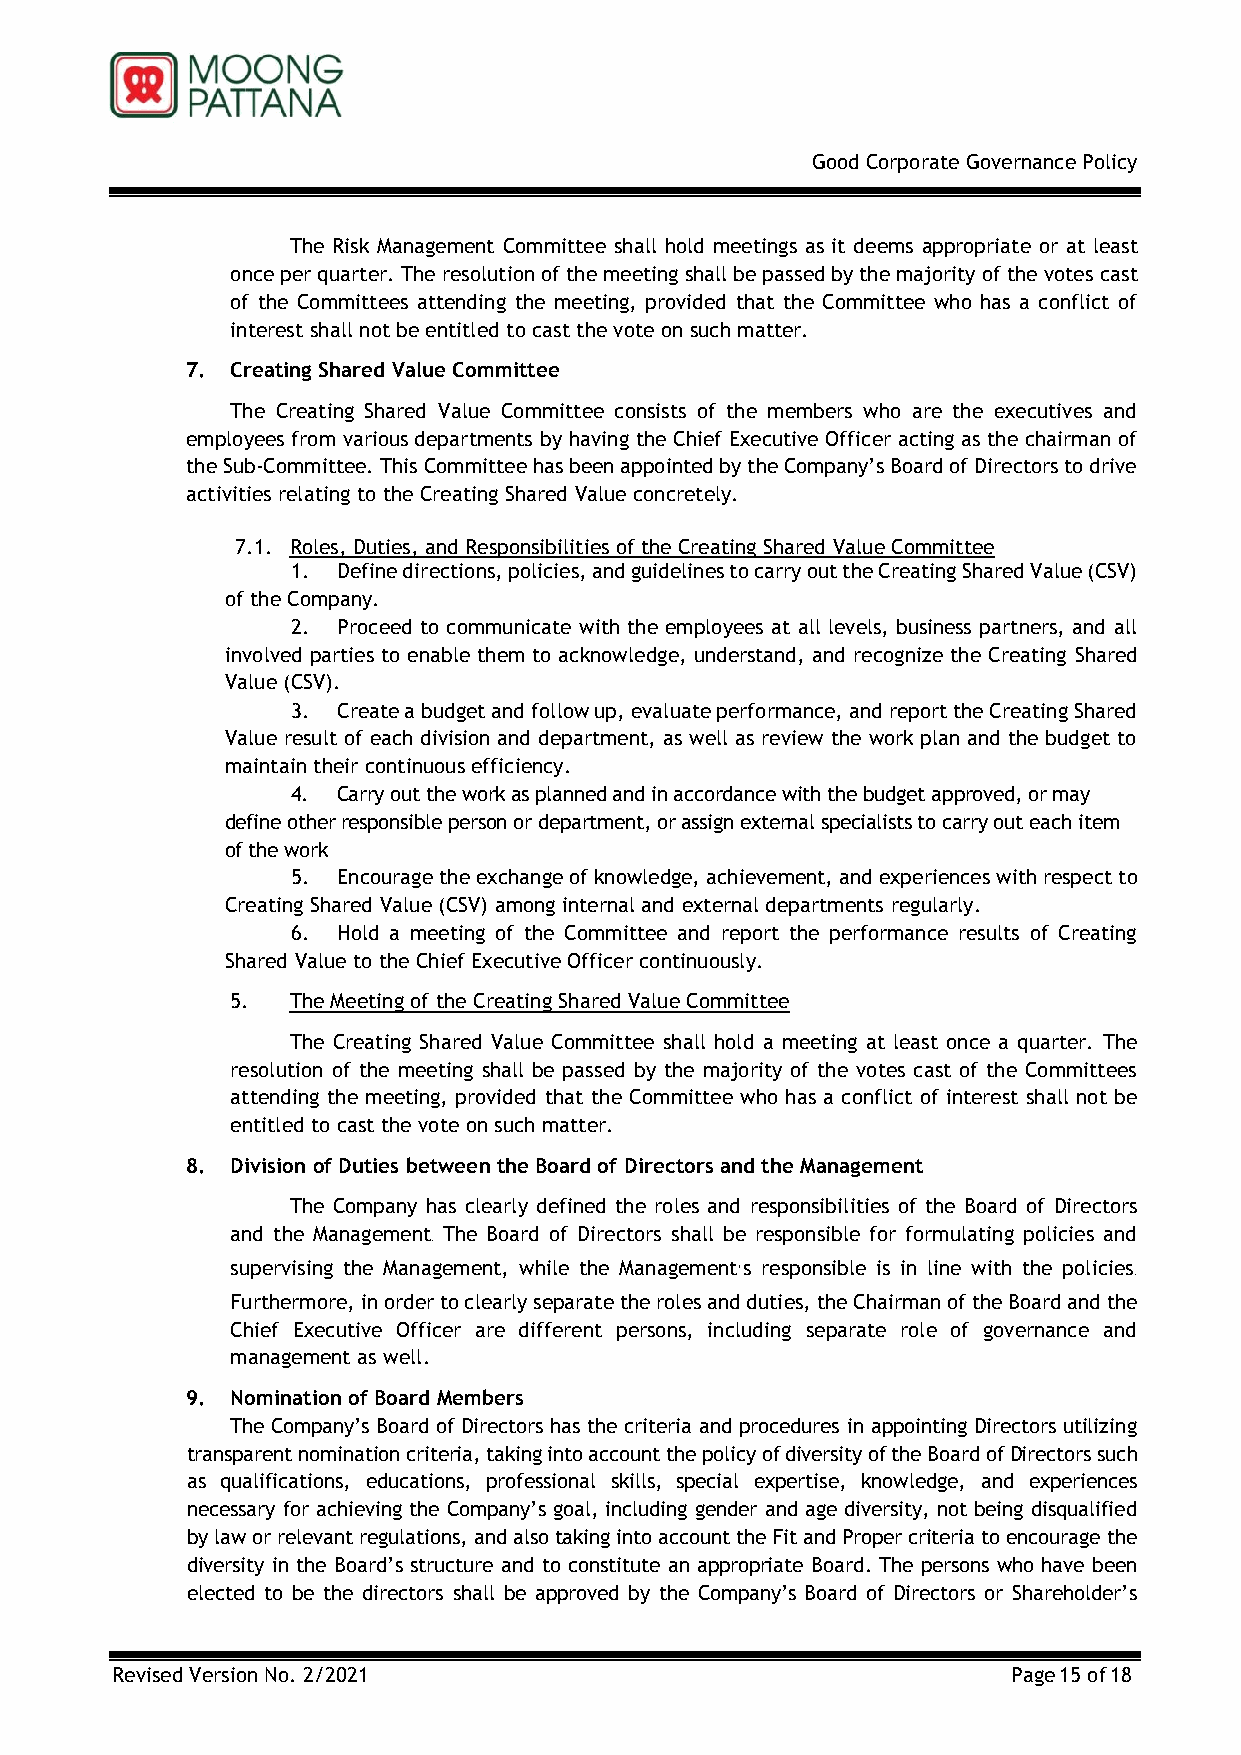
Good Corporate Governance Policy
 The Risk Management Committee shall hold meetings as it deems appropriate or at least
 once per quarter. The resolution of the meeting shall be passed by the majority of the votes cast
 of the Committees attending the meeting, provided that the Committee who has a conflict of
 interest shall not be entitled to cast the vote on such matter.
 7. Creating Shared Value Committee
 The Creating Shared Value Committee consists of the members who are the executives and
 employees from various departments by having the Chief Executive Officer acting as the chairman of
 the Sub-Committee. This Committee has been appointed by the Company’s Board of Directors to drive
 activities relating to the Creating Shared Value concretely.
 7.1. Roles, Duties, and Responsibilities of the Creating Shared Value Committee
 1. Define directions, policies, and guidelines to carry out the Creating Shared Value (CSV)
 of the Company.
 2. Proceed to communicate with the employees at all levels, business partners, and all
 involved parties to enable them to acknowledge, understand, and recognize the Creating Shared
 Value (CSV).
 3. Create a budget and follow up, evaluate performance, and report the Creating Shared
 Value result of each division and department, as well as review the work plan and the budget to
 maintain their continuous efficiency.
 4. Carry out the work as planned and in accordance with the budget approved, or may
 define other responsible person or department, or assign external specialists to carry out each item
 of the work
 5. Encourage the exchange of knowledge, achievement, and experiences with respect to
 Creating Shared Value (CSV) among internal and external departments regularly.
 6. Hold a meeting of the Committee and report the performance results of Creating
 Shared Value to the Chief Executive Officer continuously.
 5.  The Meeting of the Creating Shared Value Committee
 The Creating Shared Value Committee shall hold a meeting at least once a quarter. The
 resolution of the meeting shall be passed by the majority of the votes cast of the Committees
 attending the meeting, provided that the Committee who has a conflict of interest shall not be
 entitled to cast the vote on such matter.
 8. Division of Duties between the Board of Directors and the Management
 The Company has clearly defined the roles and responsibilities of the Board of Directors
 and the Management. The Board of Directors shall be responsible for formulating policies and
 supervising the Management, while the Management’s responsible is in line with the policies.
 Furthermore, in order to clearly separate the roles and duties, the Chairman of the Board and the
 Chief Executive Officer are different persons, including separate role of governance and
 management as well.
 9. Nomination of Board Members
 The Company’s Board of Directors has the criteria and procedures in appointing Directors utilizing
 transparent nomination criteria, taking into account the policy of diversity of the Board of Directors such
 as qualifications, educations, professional skills, special expertise, knowledge, and experiences
 necessary for achieving the Company’s goal, including gender and age diversity, not being disqualified
 by law or relevant regulations, and also taking into account the Fit and Proper criteria to encourage the
 diversity in the Board’s structure and to constitute an appropriate Board. The persons who have been
 elected to be the directors shall be approved by the Company’s Board of Directors or Shareholder’s
 Revised Version No. 2/2021                                  Page 15 of 18